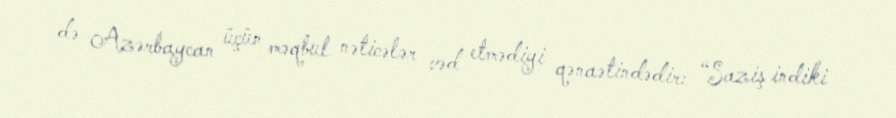
də Azərbaycan üçün məqbul nəticələr vəd etmədiyi qənaətindədir: “Saziş indiki